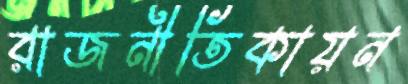
রাজনীতিকায়ন